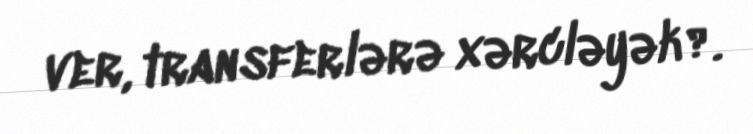
ver, transferlərə xərcləyək?.